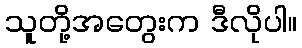
သူတို့အတွေးက ဒီလိုပါ။